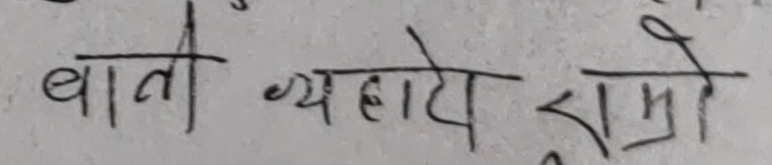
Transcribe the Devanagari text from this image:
बाती व्यहादे राम्रो